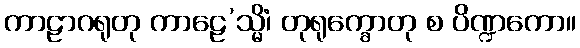
ကာဠာဂရုတု ကာဠေ’သ္မိံ၊ တုရုက္ခောတု စ ပိဏ္ဍကော။